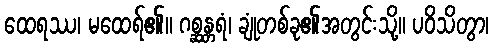
ထေရဿ၊ မထေရ်၏။ ဂစ္ဆန္တရံ၊ ချုံတစ်ခု၏အတွင်းသို့။ ပဝိသိတွာ၊